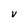
Character: V